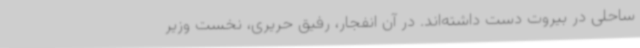
ساحلی در بیروت دست داشته‌اند. در آن انفجار، رفیق حریری، نخست وزیر